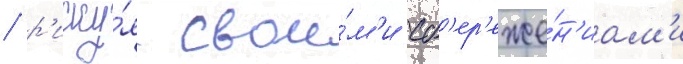
/ р'иску́я свои́м'и сб'ер'еже́н'иам'и